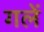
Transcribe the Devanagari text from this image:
गलें